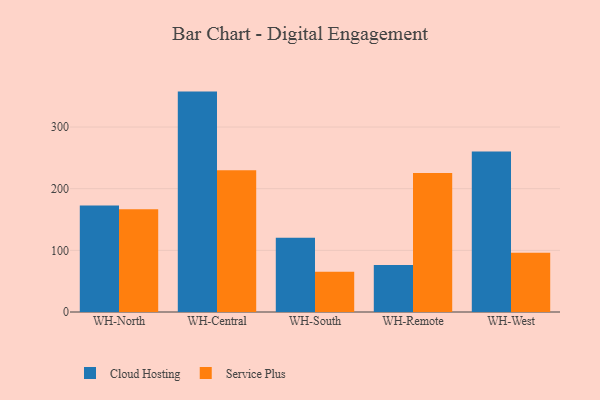
{"axis": {"x": "Warehouse", "y": "Inventory Turnover"}, "legend": ["Cloud Hosting", "Service Plus"], "data": [{"x": "WH-North", "y": 172.6, "type": "Cloud Hosting"}, {"x": "WH-North", "y": 166.6, "type": "Service Plus"}, {"x": "WH-Central", "y": 357.5, "type": "Cloud Hosting"}, {"x": "WH-Central", "y": 230.0, "type": "Service Plus"}, {"x": "WH-South", "y": 120.5, "type": "Cloud Hosting"}, {"x": "WH-South", "y": 65.3, "type": "Service Plus"}, {"x": "WH-Remote", "y": 76.4, "type": "Cloud Hosting"}, {"x": "WH-Remote", "y": 225.6, "type": "Service Plus"}, {"x": "WH-West", "y": 260.5, "type": "Cloud Hosting"}, {"x": "WH-West", "y": 96.2, "type": "Service Plus"}]}